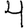
Digit: 4